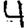
Digit: 4